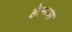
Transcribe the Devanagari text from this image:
हेल्प्स